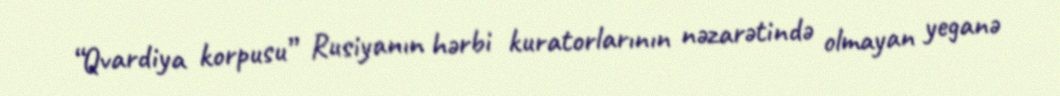
“Qvardiya korpusu” Rusiyanın hərbi kuratorlarının nəzarətində olmayan yeganə